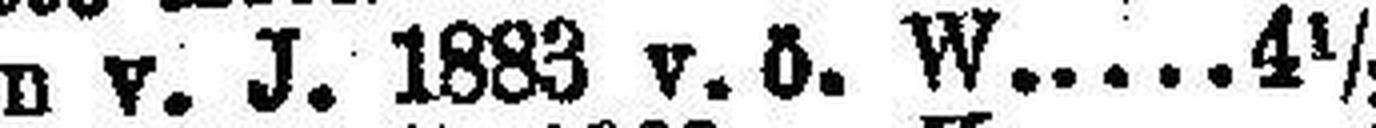
Brünn v. J. 1883 v. ö. W. 4½